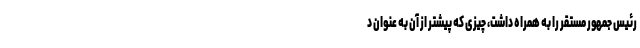
رئیس جمهور مستقر را به همراه داشت، چیزی که پیشتر از آن به عنوان د